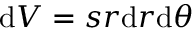
\mathrm { d } V = s r \mathrm { d } r \mathrm { d } \theta